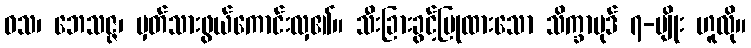
ဝသ၊ ဘေသဇ္ဇ၊ မှတ်သားဖွယ်ကောင်းလှ၏။ သီးခြားခွင့်ပြုထားသော သိက္ခာပုဒ် ၇-မျိုး ဟူလို။